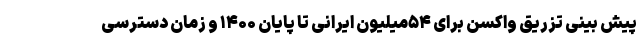
پیش بینی تزریق واکسن برای ۵۴میلیون ایرانی تا پایان ۱۴۰۰ و زمان دسترسی